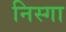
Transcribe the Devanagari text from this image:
निस्गा